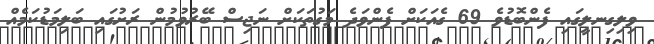
ވިލިގިނލީގައި ފެންބޮޑުވެ 69 ގެއަކަށް ފެންވަދެ މަގުތަކަށް ނަޖިސް ބޭރުވުމުން ރަށުގައި ބަލިމަޑުކަމެއް